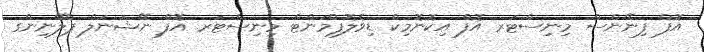
އޮފް ފިނޭންސް މިނިސްޓަރ އޮފް އިކޮނޮމިކް ޑިވެލޮޕްމަންޓް މިނިސްޓަރ އޮފް ނޭޝަނަލް ޕްލޭނިންގ